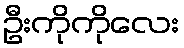
ဦးကိုကိုလေး